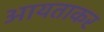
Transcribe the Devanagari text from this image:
आयताकर